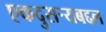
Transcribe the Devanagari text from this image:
एकदुसर्‍यबद्दल